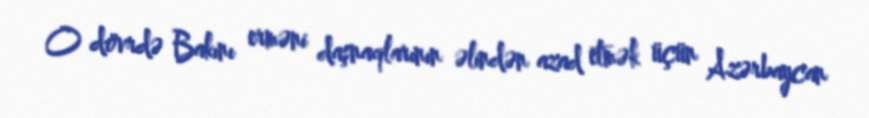
O dövrdə Bakını erməni daşnaqlarının əlindən azad etmək üçün Azərbaycan